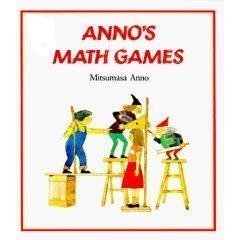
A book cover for Anno's Math Games; Mitsumasa Anno; Humor & Entertainment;